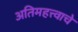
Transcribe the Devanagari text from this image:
अतिमहत्त्वाचे